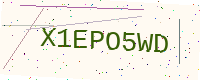
Text: X1EPO5WD